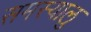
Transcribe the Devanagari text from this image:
समस्यालु